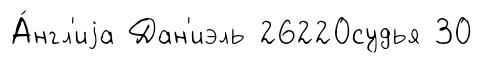
А́нгл'иjа Дан'иэль 26220судья 30